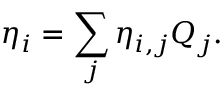
\eta _ { i } = \sum _ { j } \eta _ { i , j } Q _ { j } .